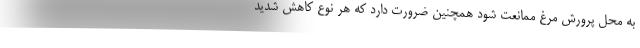
به محل پرورش مرغ ممانعت شود همچنین ضرورت دارد که هر نوع کاهش شدید